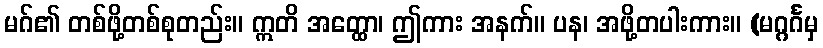
မဂ်၏ တစ်ဖို့တစ်စုတည်း။ ဣတိ အတ္ထော၊ ဤကား အနက်။ ပန၊ အဖို့တပါးကား။ (မဂ္ဂင်္ဂမှ